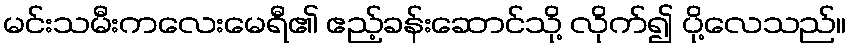
မင်းသမီးကလေးမေရီ၏ ဧည့်ခန်းဆောင်သို့ လိုက်၍ ပို့လေသည်။